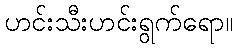
ဟင်းသီးဟင်းရွက်ရော။